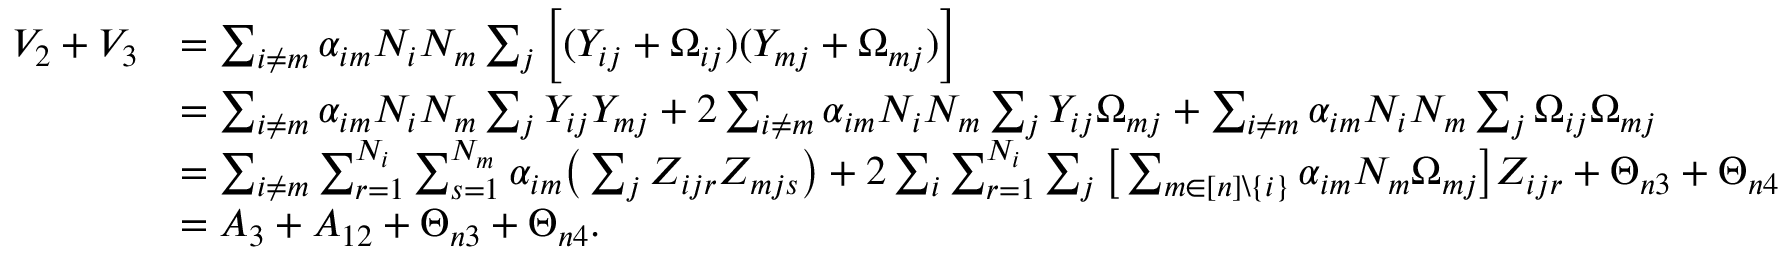
\begin{array} { r l } { V _ { 2 } + V _ { 3 } } & { = \sum _ { i \neq m } \alpha _ { i m } N _ { i } N _ { m } \sum _ { j } \bigg [ ( Y _ { i j } + \Omega _ { i j } ) ( Y _ { m j } + \Omega _ { m j } ) \bigg ] } \\ & { = \sum _ { i \neq m } \alpha _ { i m } N _ { i } N _ { m } \sum _ { j } Y _ { i j } Y _ { m j } + 2 \sum _ { i \neq m } \alpha _ { i m } N _ { i } N _ { m } \sum _ { j } Y _ { i j } \Omega _ { m j } + \sum _ { i \neq m } \alpha _ { i m } N _ { i } N _ { m } \sum _ { j } \Omega _ { i j } \Omega _ { m j } } \\ & { = \sum _ { i \neq m } \sum _ { r = 1 } ^ { N _ { i } } \sum _ { s = 1 } ^ { N _ { m } } \alpha _ { i m } \big ( \sum _ { j } Z _ { i j r } Z _ { m j s } \big ) + 2 \sum _ { i } \sum _ { r = 1 } ^ { N _ { i } } \sum _ { j } \big [ \sum _ { m \in [ n ] \backslash \{ i \} } \alpha _ { i m } N _ { m } \Omega _ { m j } \big ] Z _ { i j r } + \Theta _ { n 3 } + \Theta _ { n 4 } } \\ & { = A _ { 3 } + A _ { 1 2 } + \Theta _ { n 3 } + \Theta _ { n 4 } . } \end{array}